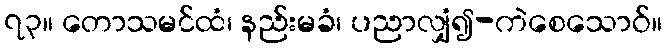
၇၃။ တောသမင်ထံ၊ နည်းမခံ၊ ပညာလျှံ၍-ကဲစေသောဝ်။